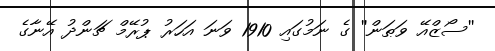
''ސޯޒްއޭ ވަޠަން'' ގެ ނަމުގައި 1910 ވަނަ އަހަރު ޕުރޭމް ޗަންދު އޭނާގެ